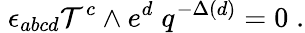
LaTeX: \; \epsilon_{abcd}{\cal T}^{c}\wedge e^{d}\; q^{-\Delta(d)}=0\; .